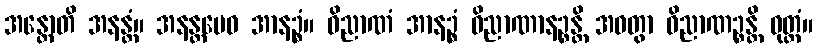
အန္တောတိ အနန္တံ။ အနန္တမေဝ အာနဉ္စံ။ ဝိညာဏံ အာနဉ္စံ ဝိညာဏာနဉ္စန္တိ အဝတွာ ဝိညာဏဉ္စန္တိ ဝုတ္တံ။